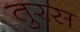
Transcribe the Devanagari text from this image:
तुरस